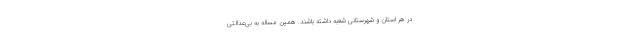
در هر استان و شهرستانی شعبه داشته باشند. همین مساله به بی‌عدالتی